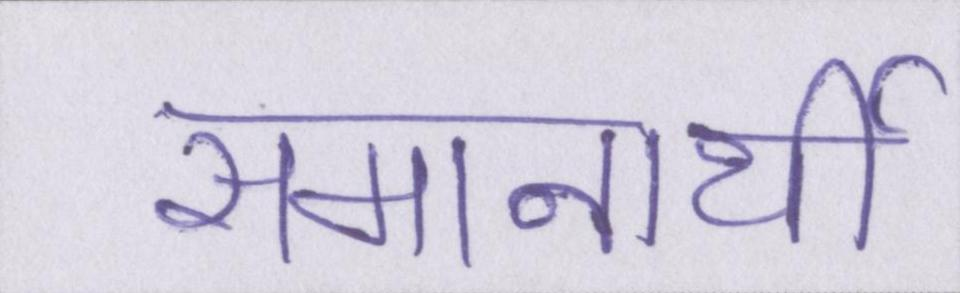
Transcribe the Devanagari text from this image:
समानार्थी